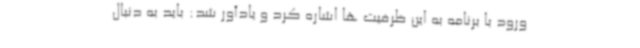
ورود با برنامه به این ظرفیت ها اشاره کرد و یادآور شد: باید به دنبال